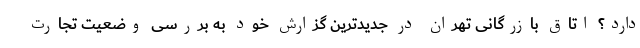
دارد؟ اتاق بازرگانی تهران در جدیدترین گزارش خود به بررسی وضعیت تجارت